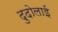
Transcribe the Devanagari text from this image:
दुदोलाई